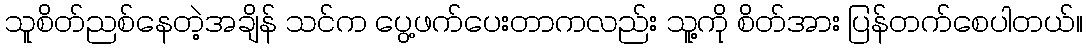
သူစိတ်ညစ်နေတဲ့အချိန် သင်က ပွေ့ဖက်ပေးတာကလည်း သူ့ကို စိတ်အား ပြန်တက်စေပါတယ်။